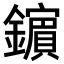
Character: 𨮘